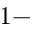
1 -